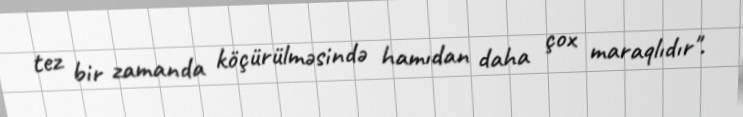
tez bir zamanda köçürülməsində hamıdan daha çox maraqlıdır".